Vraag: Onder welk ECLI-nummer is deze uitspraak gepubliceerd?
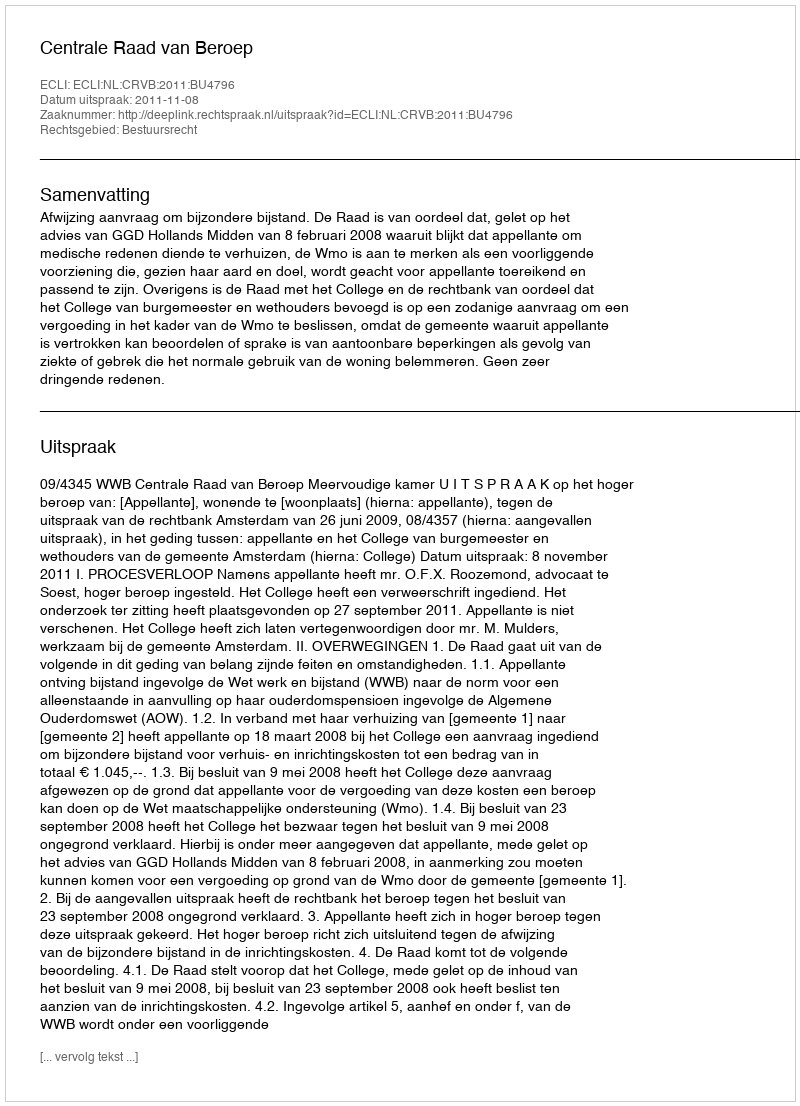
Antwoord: ECLI:NL:CRVB:2011:BU4796